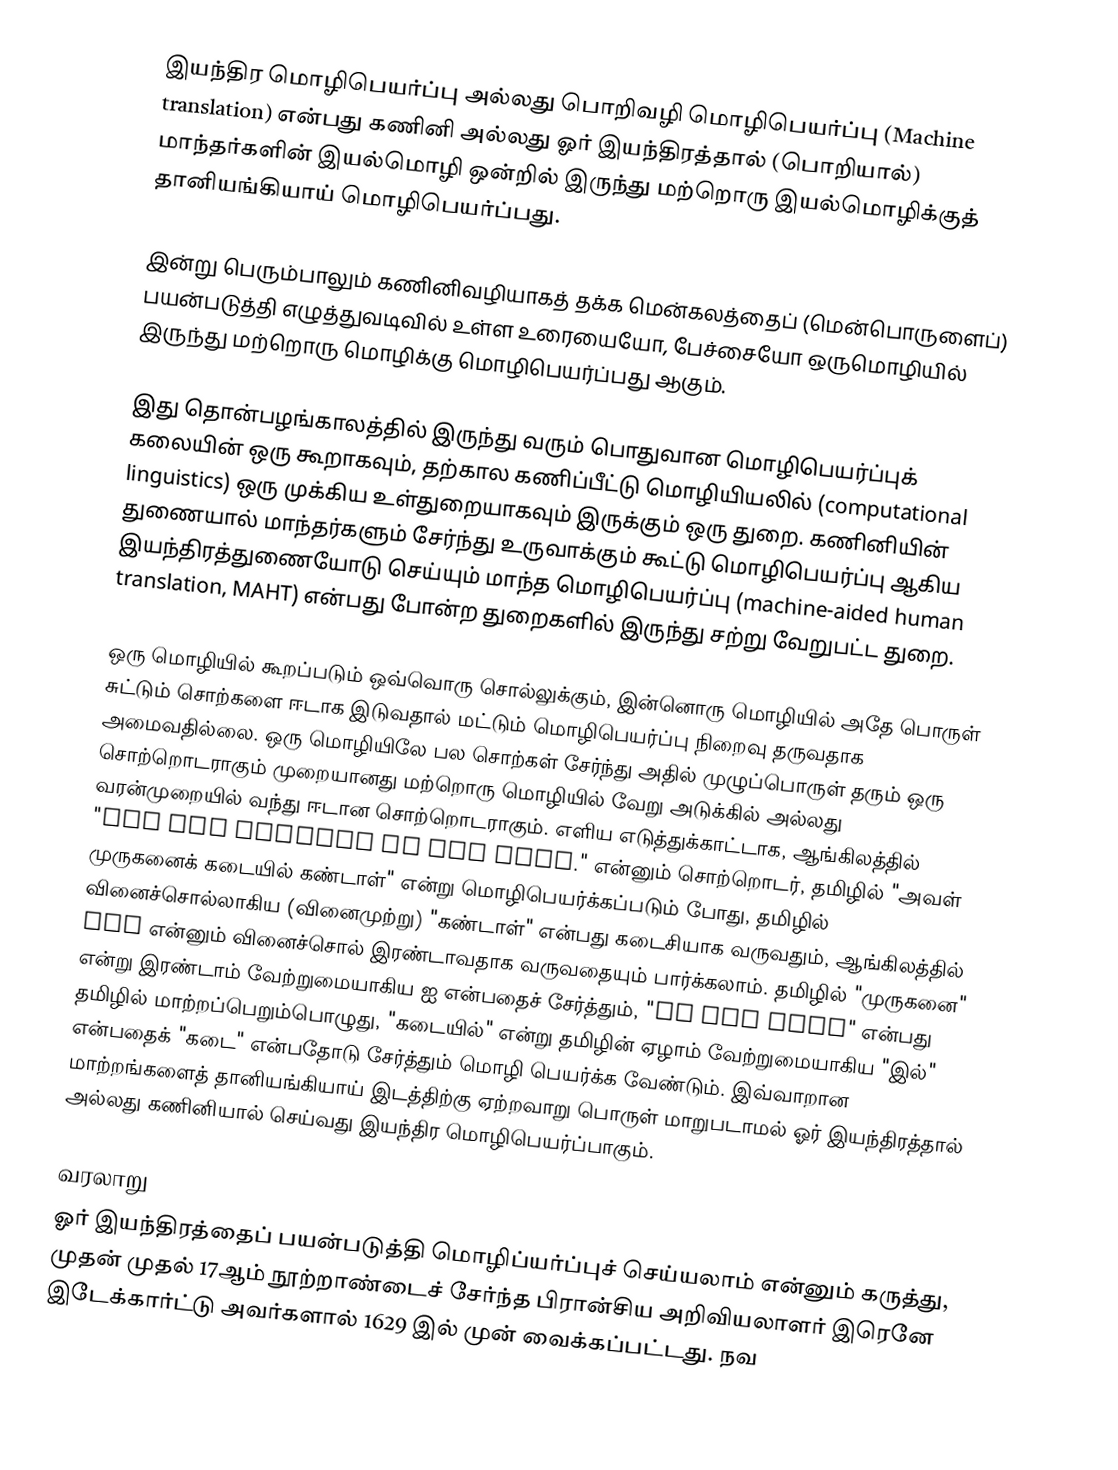
இயந்திர மொழிபெயர்ப்பு அல்லது பொறிவழி மொழிபெயர்ப்பு (Machine translation) என்பது கணினி அல்லது ஓர் இயந்திரத்தால் (பொறியால்) மாந்தர்களின் இயல்மொழி ஒன்றில் இருந்து மற்றொரு இயல்மொழிக்குத் தானியங்கியாய் மொழிபெயர்ப்பது.

இன்று பெரும்பாலும் கணினிவழியாகத் தக்க மென்கலத்தைப் (மென்பொருளைப்) பயன்படுத்தி எழுத்துவடிவில் உள்ள உரையையோ,  பேச்சையோ ஒருமொழியில் இருந்து மற்றொரு மொழிக்கு மொழிபெயர்ப்பது ஆகும்.

இது தொன்பழங்காலத்தில் இருந்து வரும் பொதுவான மொழிபெயர்ப்புக் கலையின் ஒரு கூறாகவும், தற்கால கணிப்பீட்டு மொழியியலில் (computational linguistics) ஒரு முக்கிய உள்துறையாகவும் இருக்கும் ஒரு துறை. கணினியின் துணையால் மாந்தர்களும் சேர்ந்து உருவாக்கும் கூட்டு மொழிபெயர்ப்பு ஆகிய இயந்திரத்துணையோடு செய்யும் மாந்த மொழிபெயர்ப்பு  (machine-aided human translation, MAHT) என்பது போன்ற துறைகளில் இருந்து சற்று வேறுபட்ட துறை.

ஒரு மொழியில் கூறப்படும் ஒவ்வொரு சொல்லுக்கும், இன்னொரு மொழியில் அதே பொருள் சுட்டும் சொற்களை ஈடாக இடுவதால் மட்டும் மொழிபெயர்ப்பு நிறைவு தருவதாக அமைவதில்லை. ஒரு மொழியிலே பல சொற்கள் சேர்ந்து அதில் முழுப்பொருள் தரும் ஒரு சொற்றொடராகும் முறையானது மற்றொரு மொழியில் வேறு அடுக்கில் அல்லது வரன்முறையில் வந்து ஈடான சொற்றொடராகும். எளிய எடுத்துக்காட்டாக, ஆங்கிலத்தில் "She saw Murugan in the shop."  என்னும் சொற்றொடர், தமிழில் "அவள் முருகனைக் கடையில் கண்டாள்" என்று மொழிபெயர்க்கப்படும் போது, தமிழில் வினைச்சொல்லாகிய (வினைமுற்று) "கண்டாள்"  என்பது கடைசியாக வருவதும், ஆங்கிலத்தில் saw என்னும் வினைச்சொல் இரண்டாவதாக வருவதையும் பார்க்கலாம். தமிழில் "முருகனை" என்று இரண்டாம் வேற்றுமையாகிய ஐ என்பதைச் சேர்த்தும், "in the shop" என்பது தமிழில் மாற்றப்பெறும்பொழுது, "கடையில்" என்று தமிழின் ஏழாம் வேற்றுமையாகிய "இல்" என்பதைக் "கடை" என்பதோடு சேர்த்தும் மொழி பெயர்க்க வேண்டும். இவ்வாறான மாற்றங்களைத் தானியங்கியாய் இடத்திற்கு ஏற்றவாறு பொருள் மாறுபடாமல் ஓர் இயந்திரத்தால் அல்லது கணினியால் செய்வது இயந்திர மொழிபெயர்ப்பாகும்.

வரலாறு
ஓர் இயந்திரத்தைப் பயன்படுத்தி மொழிப்யர்ப்புச்  செய்யலாம் என்னும் கருத்து, முதன் முதல் 17ஆம் நூற்றாண்டைச் சேர்ந்த பிரான்சிய அறிவியலாளர் இரெனே இடேக்கார்ட்டு அவர்களால் 1629 இல் முன் வைக்கப்பட்டது. நவ